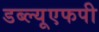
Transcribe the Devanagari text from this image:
डब्ल्यूएफपी